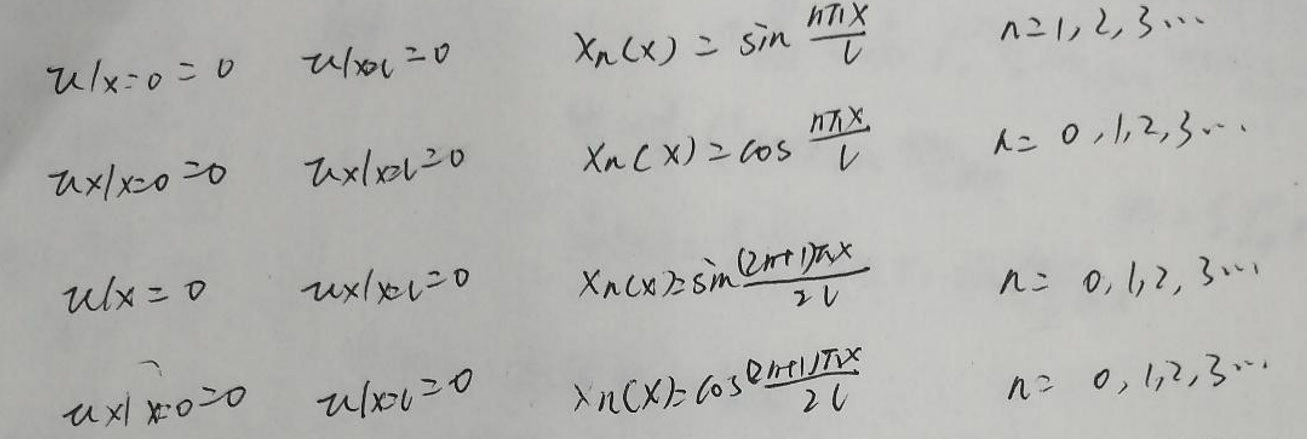
\[
\begin{array}{ccc}
u|_{x = 0} = 0 & u|_{x = L} = 0 & X_{n}(x)=\sin\frac{n\pi x}{L} \quad n = 1,2,3,\cdots\\
u|_{x = 0} = 0 & u|_{x = L} = 0 & X_{n}(x)=\cos\frac{n\pi x}{L} \quad n = 0,1,2,3,\cdots\\
u|_{x = 0} = 0 & u|_{x = L} = 0 & X_{n}(x)=2\sin\frac{(2n + 1)\pi x}{2L} \quad n = 0,1,2,3,\cdots\\
u|_{x = 0} = 0 & u|_{x = L} = 0 & X_{n}(x)=2\cos\frac{(2n + 1)\pi x}{2L} \quad n = 0,1,2,3,\cdots
\end{array}
\]